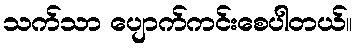
သက်သာ ပျောက်ကင်းစေပါတယ်။